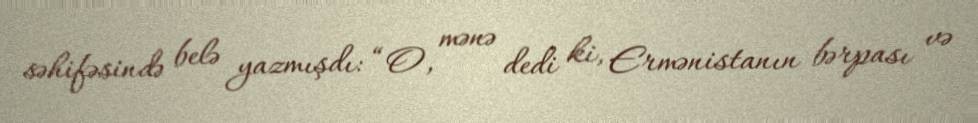
səhifəsində belə yazmışdı: “O, mənə dedi ki, Ermənistanın bərpası və